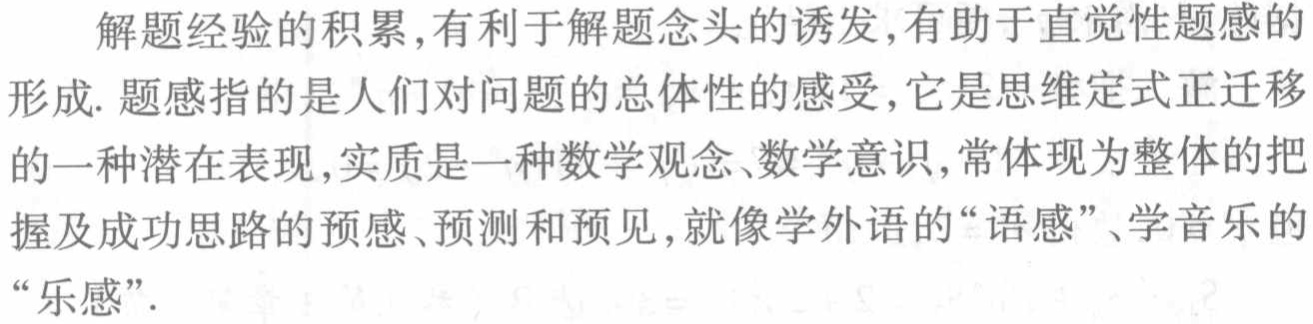
解题经验的积累,有利于解题念头的诱发,有助于直觉性题感的形成. 题感指的是人们对问题的总体性的感受,它是思维定式正迁移的一种潜在表现,实质是一种数学观念、数学意识,常体现为整体的把握及成功思路的预感、预测和预见,就像学外语的“语感”、学音乐的“乐感”.